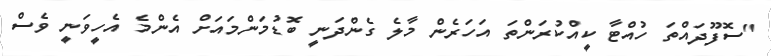
"ސޮފޫދައްތަ ހުއްޓާ ކީއްކުރަންތަ އަހަރެން މާލެ ގެންދަނީ ބޮޑުމަންމައަށް އެންމެ އެހީވަނީ ވެސް